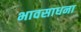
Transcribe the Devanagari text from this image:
भावसाधना